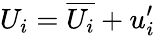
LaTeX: U_{i}=\overline{{U_{i}}}+u_{i}^{\prime}